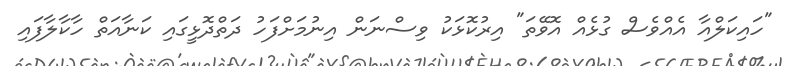
"ހައިކަލްއާ އެއްވެސް ގުޅެއް އޮވޭތަ" އިރުކޮޅަކު ވިސްނަން އިނުމަށްފަހު ދަތްދޮޅީގައި ކަނާއަތް ހާކާލާފައި